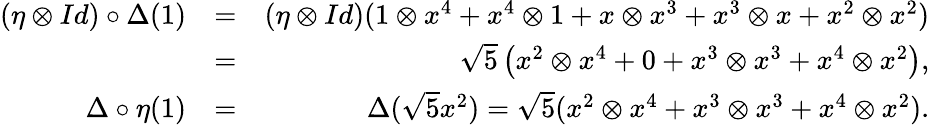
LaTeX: \begin{array}{rlr}{(\eta\otimes Id)\circ\Delta(1)}&{=}&{(\eta\otimes Id)(1\otimes x^{4}+x^{4}\otimes 1+x\otimes x^{3}+x^{3}\otimes x+x^{2}\otimes x^{2})}\\ &{=}&{\sqrt{5}\left(x^{2}\otimes x^{4}+0+x^{3}\otimes x^{3}+x^{4}\otimes x^{2}\right),}\\ {\Delta\circ\eta(1)}&{=}&{\Delta(\sqrt{5}x^{2})=\sqrt{5}(x^{2}\otimes x^{4}+x^{3}\otimes x^{3}+x^{4}\otimes x^{2}).}\end{array}